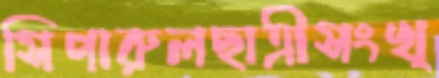
সিপারুলছাত্রীসংখ্